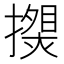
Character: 𰔯